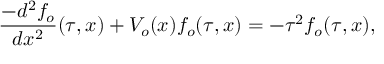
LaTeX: \frac { - d ^ { 2 } f _ { o } } { d x ^ { 2 } } ( \tau , x ) + V _ { o } ( x ) f _ { o } ( \tau , x ) = - \tau ^ { 2 } f _ { o } ( \tau , x ) ,